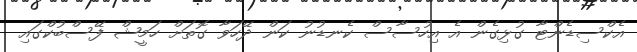
އެކްސިޑެންޓާ ގުޅިގެން އެ އިހުސާސް ކެނޑުނު ކަން ދޭހަވާ ގޮތަށް ހަމީޝް ފޭސްބުކްގައި